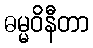
ဓမ္မဝိနီတာ